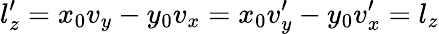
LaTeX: l_{z}^{\prime}=x_{0}v_{y}-y_{0}v_{x}=x_{0}v_{y}^{\prime}-y_{0}v_{x}^{\prime}=l_{z}